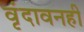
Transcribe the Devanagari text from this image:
वृंदावनही